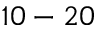
1 0 - 2 0